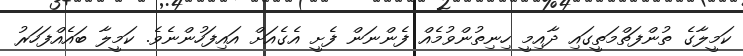
ކަމީލާގެ ތުންފަތްމަތީގައި ދާއިމީ ހިނިތުންވުމެއް ފެންނަން ފެށީ އެގެއަށް އައިފަހުންނެވެ. ކަމީލާ ބައެއްފަހަރު